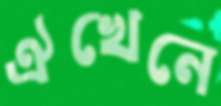
ঐখেনে